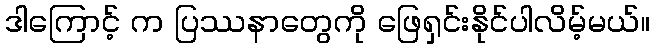
ဒါကြောင့် က ပြဿနာတွေကို ဖြေရှင်းနိုင်ပါလိမ့်မယ်။